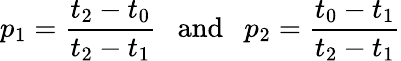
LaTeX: p_{1}=\frac{t_{2}-t_{0}}{t_{2}-t_{1}}\ \ \ \mathrm{and}\ \ \ p_{2}=\frac{t_{0}-t_{1}}{t_{2}-t_{1}}